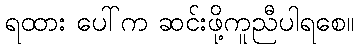
ရထား ပေါ်က ဆင်းဖို့ကူညီပါရစေ။